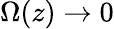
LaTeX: \Omega(z)\to 0